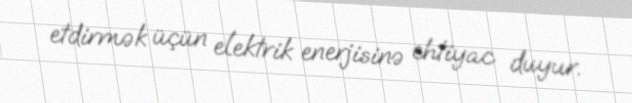
etdirmək üçün elektrik enerjisinə ehtiyac duyur.